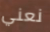
نعني